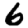
Digit: 6